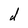
Character: d